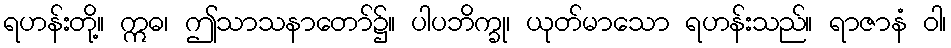
ရဟန်းတို့။ ဣဓ၊ ဤသာသနာတော်၌။ ပါပဘိက္ခု၊ ယုတ်မာသော ရဟန်းသည်။ ရာဇာနံ ဝါ၊